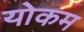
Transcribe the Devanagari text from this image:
योकम